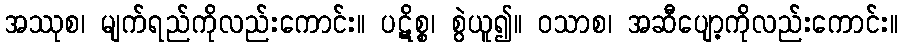
အဿုစ၊ မျက်ရည်ကိုလည်းကောင်း။ ပဋိစ္စ၊ စွဲယူ၍။ ဝသာစ၊ အဆီပျော့ကိုလည်းကောင်း။